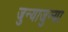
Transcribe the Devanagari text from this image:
जुन्याजुन्या